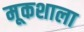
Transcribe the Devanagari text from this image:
मूकशाला